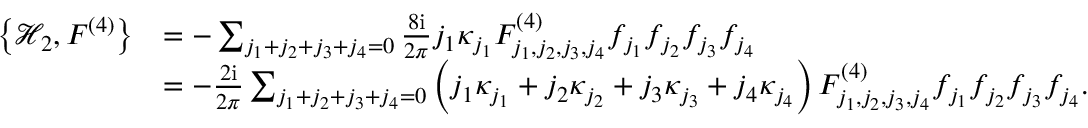
\begin{array} { r l } { \left\{ \mathcal { H } _ { 2 } , F ^ { ( 4 ) } \right\} } & { = - \sum _ { j _ { 1 } + j _ { 2 } + j _ { 3 } + j _ { 4 } = 0 } \frac { 8 \mathrm { i } } { 2 \pi } j _ { 1 } \kappa _ { j _ { 1 } } F _ { j _ { 1 } , j _ { 2 } , j _ { 3 } , j _ { 4 } } ^ { ( 4 ) } f _ { j _ { 1 } } f _ { j _ { 2 } } f _ { j _ { 3 } } f _ { j _ { 4 } } } \\ & { = - \frac { 2 \mathrm { i } } { 2 \pi } \sum _ { j _ { 1 } + j _ { 2 } + j _ { 3 } + j _ { 4 } = 0 } \left( j _ { 1 } \kappa _ { j _ { 1 } } + j _ { 2 } \kappa _ { j _ { 2 } } + j _ { 3 } \kappa _ { j _ { 3 } } + j _ { 4 } \kappa _ { j _ { 4 } } \right) F _ { j _ { 1 } , j _ { 2 } , j _ { 3 } , j _ { 4 } } ^ { ( 4 ) } f _ { j _ { 1 } } f _ { j _ { 2 } } f _ { j _ { 3 } } f _ { j _ { 4 } } . } \end{array}